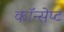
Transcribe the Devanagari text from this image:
कॉन्‍सेप्‍ट